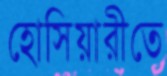
হোসিয়ারীতে